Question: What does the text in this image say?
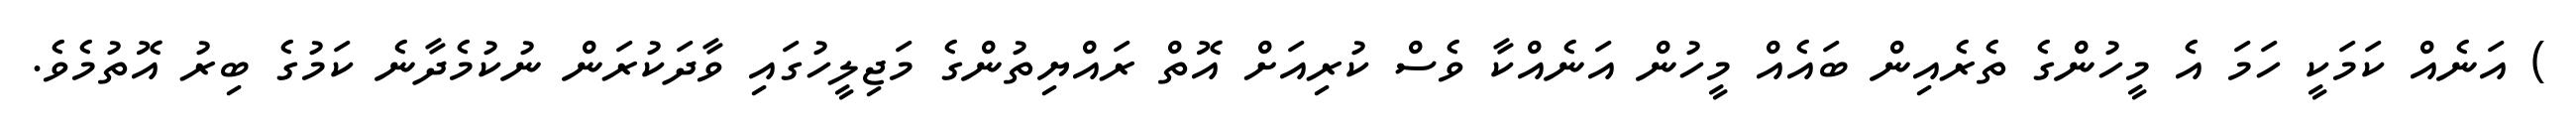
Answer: ) އަނެއް ކަމަކީ ހަމަ އެ މީހުންގެ ތެރެއިން ބައެއް މީހުން އަނެއްކާ ވެސް ކުރިއަށް އޮތް ރައްޔިތުންގެ މަޖިލީހުގައި ވާދަކުރަން ނުކުމެދާނެ ކަމުގެ ބިރު އޮތުމެވެ.